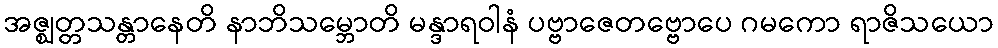
အဇ္ဈတ္တသန္တာနေတိ နာဘိသမ္ဘောတိ မန္ဒာရဝါနံ ပဗ္ဗာဇေတဗ္ဗောပေ ဂမကော ရာဇိသယော